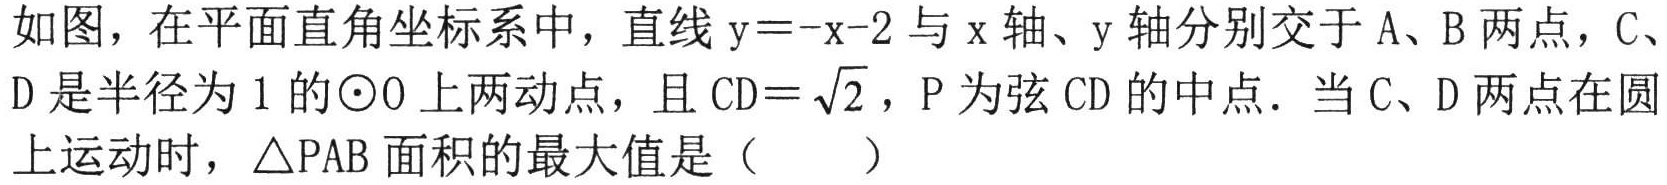
如图，在平面直角坐标系中，直线$\mathrm{y}=-\mathrm{x}-2$与$\mathrm{x}$轴、$\mathrm{y}$轴分别交于$\mathrm{A}$、$\mathrm{B}$两点，$\mathrm{C}$、$\mathrm{D}$是半径为$1$的$\odot \mathrm{O}$上两动点，且$\mathrm{C}\mathrm{D}=\sqrt{2}$，$\mathrm{P}$为弦$\mathrm{C}\mathrm{D}$的中点．当$\mathrm{C}$、$\mathrm{D}$两点在圆上运动时，$\triangle \mathrm{P}\mathrm{A}\mathrm{B}$面积的最大值是（ ）